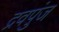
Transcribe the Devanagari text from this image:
द्रवपुंज